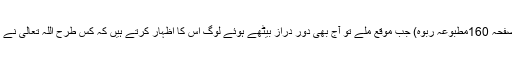
(ماخوذ از مجموعہ اشتہارات جلد اول صفحہ 160مطبوعہ ربوہ) جب موقع ملے تو آج بھی دور دراز بیٹھے ہوئے لوگ اس کا اظہار کرتے ہیں کہ کس طرح اللہ تعالیٰ نے اُن کے دلوں کو ایمان سے بھرا ہوا ہے۔